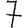
Digit: 7